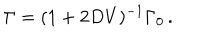
\Gamma = ( 1 + 2 D V ) ^ { - 1 } \Gamma _ { 0 } \, .